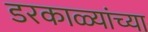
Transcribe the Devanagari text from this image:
डरकाळ्यांच्या